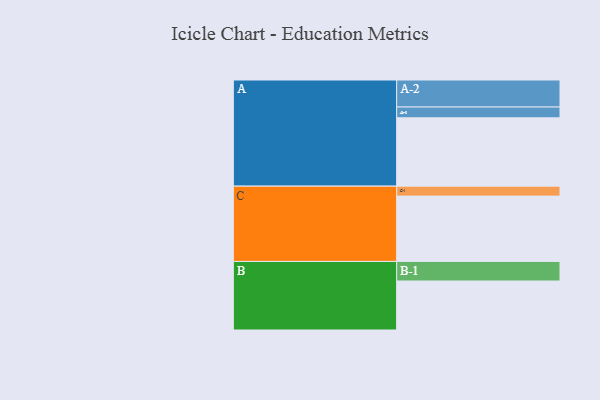
{"axis": {"x": "Segment", "y": "Value"}, "legend": ["", "A", "B", "C"], "data": [{"x": "A", "y": 569, "type": ""}, {"x": "B", "y": 408, "type": ""}, {"x": "C", "y": 544, "type": ""}, {"x": "A-1", "y": 90, "type": "A"}, {"x": "A-2", "y": 225, "type": "A"}, {"x": "B-1", "y": 163, "type": "B"}, {"x": "C-1", "y": 83, "type": "C"}]}